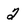
Character: 2